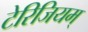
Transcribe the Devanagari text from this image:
टेरिजियम्